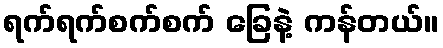
ရက်ရက်စက်စက် ခြေနဲ့ ကန်တယ်။